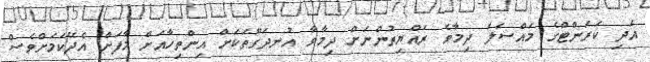
އަދި ކަރަންޓްގެ މައްސަލަ ދިމާވެ ރައްޔިތުންނަށް ދިމާވާ އުނދަގޫތަކަށް އިންތިހާއަށް މާފަށް އެދޭކަމަށްވެސް